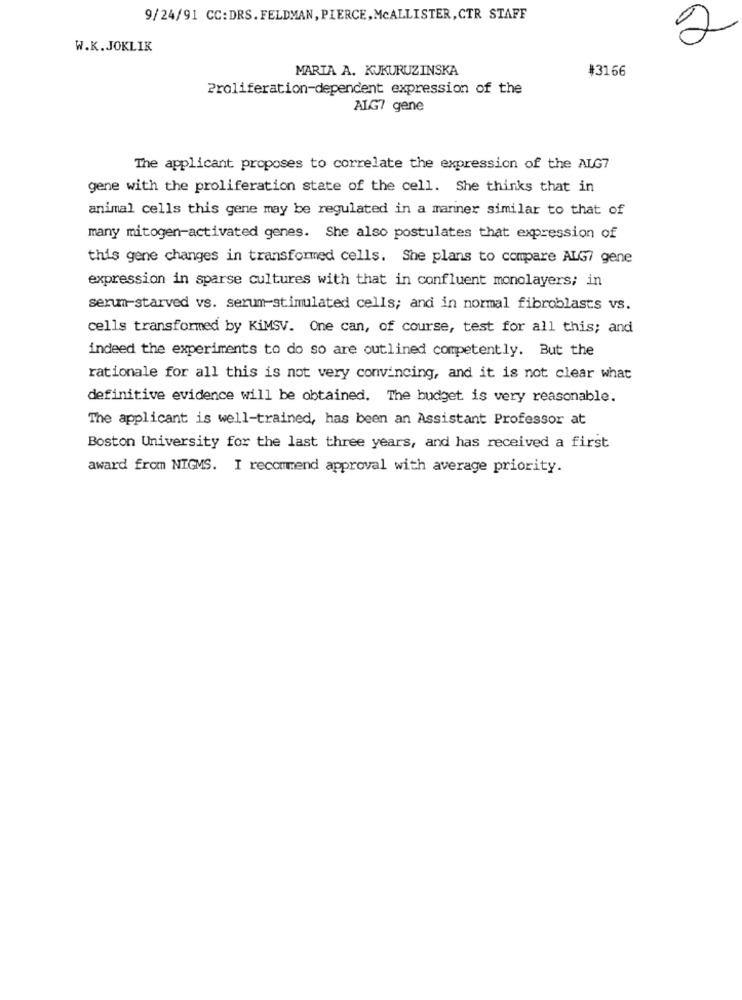
9/24/91 CC:DRS.FELDMAN, PIERCE, MCALLISTER, CTR STAFF
2
W.K.JOKLIK
MARIA A. KUKURUZINSKA
#3166
Proliferation-dependent expression of the
ALG7 gene
The applicant proposes to correlate the expression of the ALG7
gene with the proliferation state of the cell. She thinks that in
animal cells this gene may be regulated in a manner similar to that of
many mitogen-activated genes. She also postulates that expression of
this gene changes in transformed cells. She plans to compare ALG7 gene
expression in sparse cultures with that in confluent monolayers; in
serum-starved vs. serum-stimulated cells; and in normal fibroblasts vs.
cells transformed by KiMSV. One can, of course, test for all this; and
indeed the experiments to do so are outlined competently. But the
rationale for all this is not very convincing, and it is not clear what
definitive evidence will be obtained. The budget is very reasonable.
The applicant is well-trained, has been an Assistant Professor at
Boston University for the last three years, and has received a first
award from NIGMS. I recommend approval with average priority.